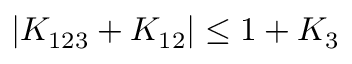
| K _ { 1 2 3 } + K _ { 1 2 } | \le 1 + K _ { 3 }